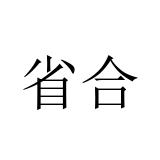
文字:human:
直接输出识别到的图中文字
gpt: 省合